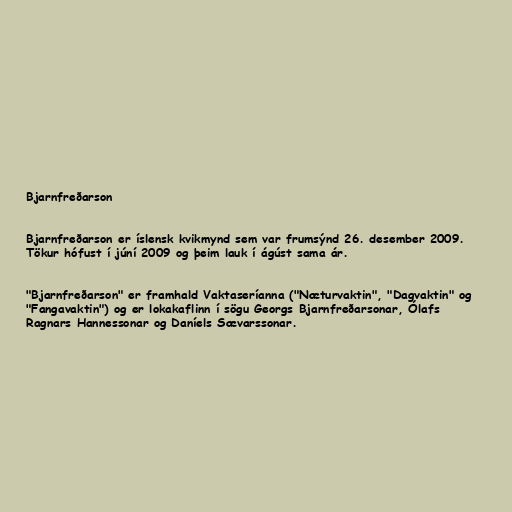
Bjarnfreðarson

Bjarnfreðarson er íslensk kvikmynd sem var frumsýnd 26. desember 2009.
Tökur hófust í júní 2009 og þeim lauk í ágúst sama ár.

"Bjarnfreðarson" er framhald Vaktaseríanna ("Næturvaktin", "Dagvaktin" og
"Fangavaktin") og er lokakaflinn í sögu Georgs Bjarnfreðarsonar, Ólafs
Ragnars Hannessonar og Daníels Sævarssonar.